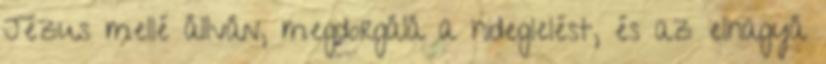
Jézus mellé állván, megdorgálá a hideglelést, és az elhagyá